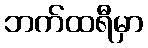
ဘက်ထရီမှာ